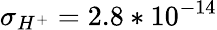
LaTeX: \sigma_{H^{+}}=2.8*10^{-14}